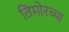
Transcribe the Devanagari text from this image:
तिमोरच्या